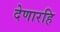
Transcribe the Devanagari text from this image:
देणारहि